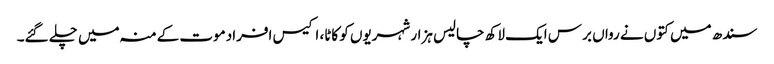
سندھ میں کتوں نے رواں برس ایک لاکھ چالیس ہزار شہریوں کو کاٹا، اکیس افرادموت کےمنہ میں چلے گئے۔